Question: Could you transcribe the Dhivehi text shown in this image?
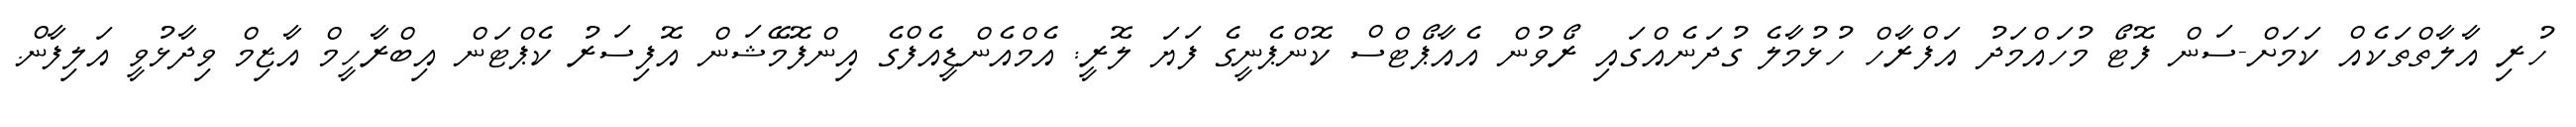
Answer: ހުރި އާލާތްތަކެއް ކަމަށް-ސަން ފޮޓޯ މުހައްމަދު އަފްރާހް ހުޅުމާލެ ގުދަނެއްގައި ރޯވުން އެއާޕޯޓްސް ކޮންޕެނީގެ ފަޔަ ލޮރީ: އެމްއެންޑީއެފްގެ އިންފޮމޭޝަން އޮފިސަރު ކެޕްޓަން އިބްރާހީމް އާޒިމް ވިދާޅުވީ އަލިފާން.